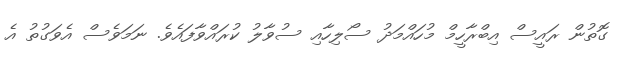
ގޮތުން ރައީސް އިބްރާހީމް މުހައްމަދު ސޯލިހާއި ސުވާލު ކުރައްވާފައެވެ. ނަމަވެސް އެވަގުތު އެ